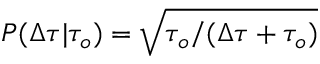
P ( \Delta \tau \vert \tau _ { o } ) = \sqrt { \tau _ { o } / ( \Delta \tau + \tau _ { o } ) }